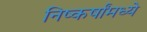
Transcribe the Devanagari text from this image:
निष्कर्षांमध्ये